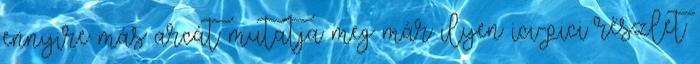
ennyire más arcát mutatja meg már ilyen ici-pici részlet